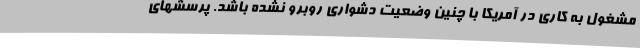
مشغول به کاری در آمریکا با چنین وضعیت دشواری روبرو نشده باشد. پرسشهای